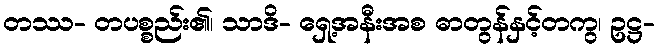
တဿ- တပစ္စည်း၏၊ သာဒိ- ရှေ့အနီးအစ ဓာတွန်နှင့်တကွ၊ ဥဋ္ဌ-